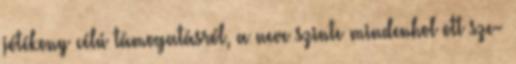
jótékony célú támogatásról, a neve szinte mindenhol ott sze-